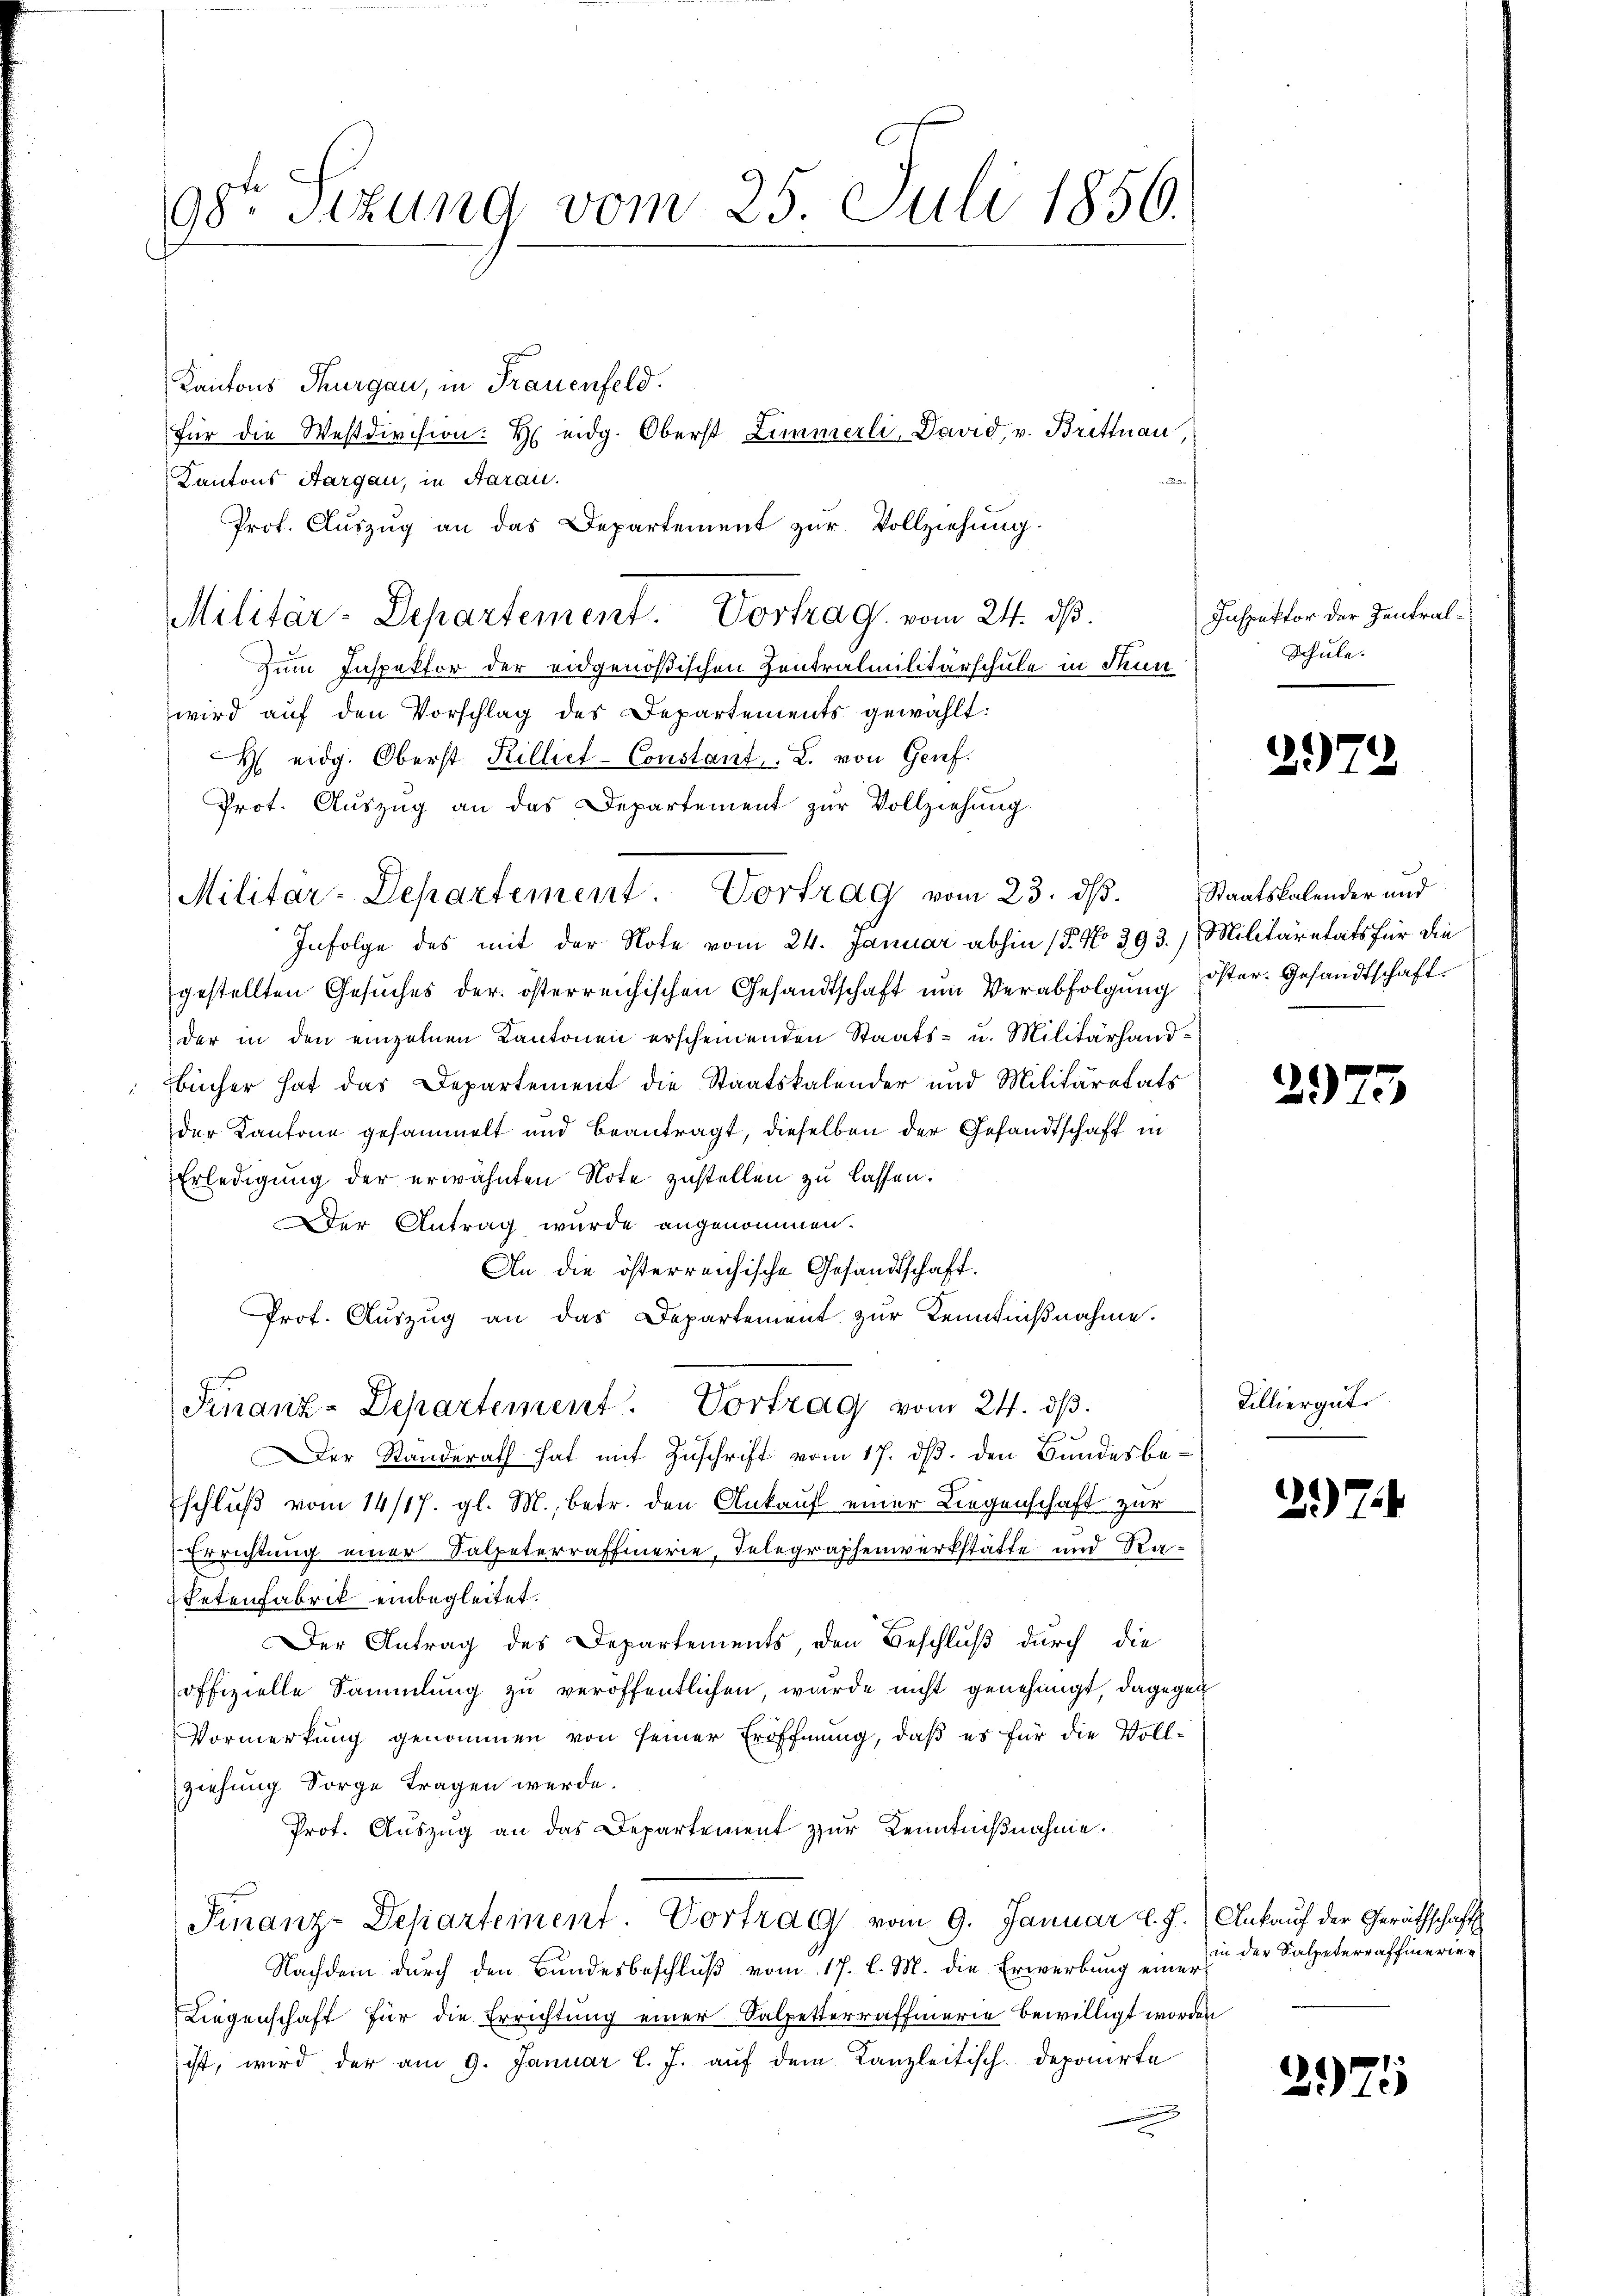
98ten Sizung vom 25. Juli 1856.

Kantons Thurgau, in Frauenfeld.
für die Westdivision: H eidg. Oberst Zimmerli, David, v. Brittnau,
F
Kantons Aargau, in Aarau
Prof. Auszug an das Departement zur Vollziehung.
zum Inspektor der eidgenößischen Zentralmilitärschule in Stun
wird auf den Vorschlag des Departements gewählt:
H eidg. Oberst Rilliet-Constant . L. von Grief.
Prot. Aŭszŭg an das Departement zur Vollziehung.
Infolge des mit der Note vom 24. Januar abhin (5. No 393.) Militaretats für die
gestellten Gesŭches der österreichischen Gesandtschaft ŭm Verabfolgŭng öster. Gesandtschaft.
der in den einzelnen Kantonen erscheinenden Staats- u. Militärhandbücher hat das Departement die Staatskalender und Militäratats
der Kantone gesammelt und beantragt, dieselben der Gesandtschaft in
Erledigung der erwähnten Note zustellen zu lassen.
der Antrag wurde angenommen.
An die österreichische Gesandtschaft.
Prof. Aŭszŭg an das Departement zŭr Kenntnißnahme.
Finanz-Departement. Vortrag vom 24. dβ.
Der Standerath hat mit Zuschrift vom 17. ds. den Bundesbeschluß vom 14/17. gl. M., betr. den Ankauf einer Liegenschaft zur
Errichtung einer Salpeterraffinerie, Telegraphenwerkstätte und Ra¬
Letenfabrik einbegleitet.
Der Antrag des Departements, den Beschluß durch die
offizielle Sammlung zu veröffentlichen, wurde nicht genehmigt, dagegen
Vormerkung genommen von seiner Eröffnung, daß es für die Vollziehung Sorge tragen werde.
Prot. Auszug an das Departement zur Kenntnißnahme.
Finanz-Departement. Vortrag vom 9. Januar l. J.) Ankauf der Geräthschaft
Nachdem durch den Bundesbeschluß vom 17. l. M. die Erwerbung einer
Liegenschaft für die Errichtung einer Salpetterrafferie bewilligt worden
ist, wird der am 9. Januar l. J. auf dem Kanzleitisch deponirte

Militar-Departement. Vortrag vom 23. dβ. Staatskalender und

Militär-Departement. Vortrag vom 24. ds.

Inspektor der Zentral¬
Schule.

2

2975

Tilliergut.

2)

f

in der Salpeterraffierie¬

2975